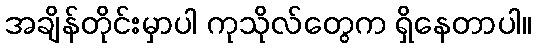
အချိန်တိုင်းမှာပါ ကုသိုလ်တွေက ရှိနေတာပါ။